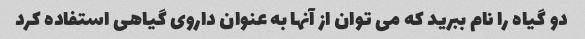
دو گیاه را نام ببرید که می توان از آنها به عنوان داروی گیاهی استفاده کرد